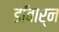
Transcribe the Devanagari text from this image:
डॉबार्न